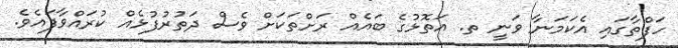
ހަފްތާގައި އެކަމަނާ ވަނީ ތ. އަތޮޅުގެ ބައެއް ރަށްތަކަށް ވެސް ދަތުރުފުޅެއް ކުރައްވާފައެވެ.